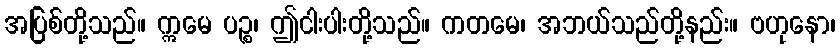
အပြစ်တို့သည်။ ဣမေ ပဉ္စ၊ ဤငါးပါးတို့သည်။ ကတမေ၊ အဘယ်သည်တို့နည်း။ ဗဟုနော၊